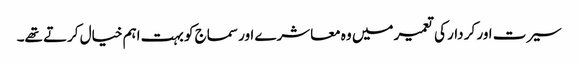
سیرت اور کر دار کی تعمیر میں وہ معاشرے اور سماج کو بہت اہم خیال کرتے تھے۔